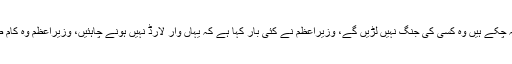
پاکستان کی پالیسی میں واضح تبدیلی آئی ہے، وزیراعظم واضح طور پر یہ کہہ چکے ہیں وہ کسی کی جنگ نہیں لڑیں گے، وزیراعظم نے کئی بار کہا ہے کہ یہاں وار لارڈ نہیں ہونے چاہئیں، وزیراعظم وہ کام ضرور کریں گے جو ملکی مفاد میں ہو، اب کوئی بندوق لے کر نہیں چل سکتا۔